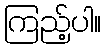
ကြည့်ပါ။